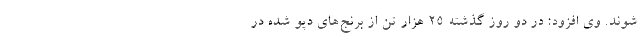
شوند. وی افزود: در دو روز گذشته ۲۵ هزار تن از برنج‌های دپو شده در